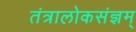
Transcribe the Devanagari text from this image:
तंत्रालोकसंज्ञम्